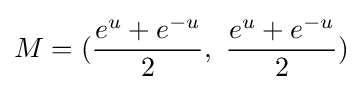
M=({\frac {e^{u}+e^{-u}}{2}},\ {\frac {e^{u}+e^{-u}}{2}})